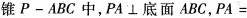
锥Р-ABC中，PA\bot底面ABC，PA=